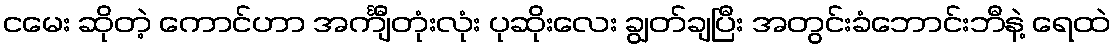
ငမေး ဆိုတဲ့ ကောင်ဟာ အင်္ကျီတုံးလုံး ပုဆိုးလေး ချွတ်ချပြီး အတွင်းခံဘောင်းဘီနဲ့ ရေထဲ